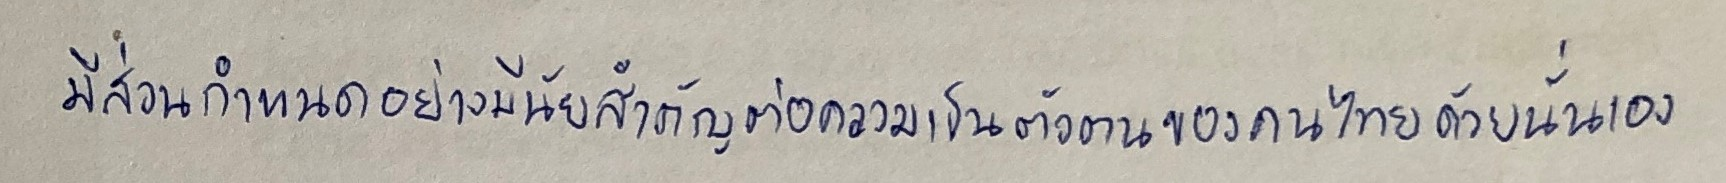
มีส่วนกำหนดอย่างมีนัยสำคัญต่อความเป็นตัวตนของคนไทยด้วยนั่นเอง